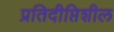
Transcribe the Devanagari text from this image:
प्रतिदीप्तिशील